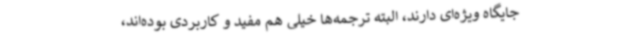
جایگاه ویژه‌ای دارند، البته ترجمه‌ها خیلی هم مفید و کاربردی بوده‌اند،